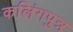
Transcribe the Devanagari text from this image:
कलिंगपुत्र